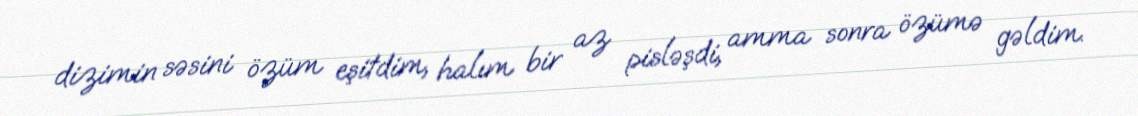
dizimin səsini özüm eşitdim, halım bir az pisləşdi, amma sonra özümə gəldim.